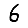
Digit: 6